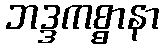
ဘဒ္ဒကစ္စာနာ